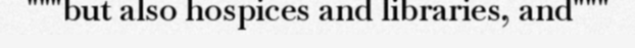
"""but also hospices and libraries, and"""